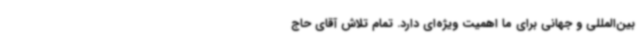
بین‌المللی و جهانی برای ما اهمیت ویژه‌ای دارد. تمام تلاش آقای حاج